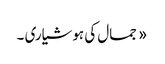
« جمال کی ہوشیاری ۔